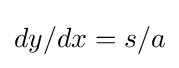
dy/dx=s/a